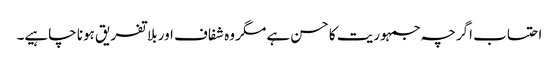
احتساب اگرچہ جمہوریت کا حسن ہے مگر وہ شفاف اور بلا تفریق ہونا چاہیے۔